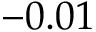
- 0 . 0 1